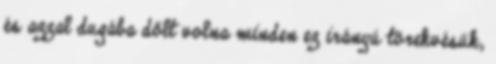
és azzal dugába dőlt volna minden ez irányú törekvésük,